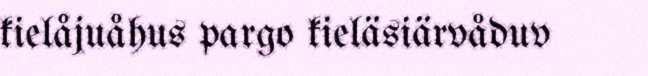
kielåjuåhus pargo kieläsiärvåduv